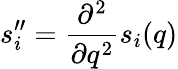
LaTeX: s_{i}^{\prime\prime}=\frac{\partial^{2}}{\partial q^{2}}s_{i}(q)